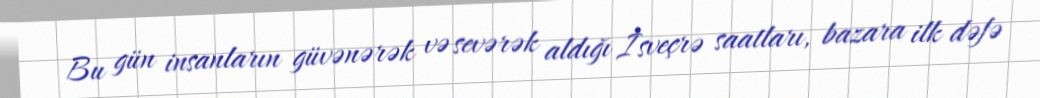
Bu gün insanların güvənərək və sevərək aldığı İsveçrə saatları, bazara ilk dəfə